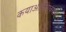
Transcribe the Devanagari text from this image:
कयाओलिंगक्यांग